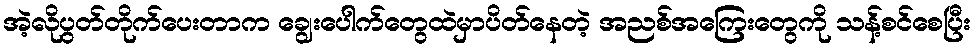
အဲ့လိုပွတ်တိုက်ပေးတာက ချွေးပေါက်တွေထဲမှာပိတ်နေတဲ့ အညစ်အကြေးတွေကို သန့်စင်စေပြီး